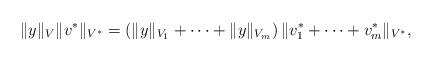
LaTeX: \begin{align*}\|y\|_V\|v^\ast\|_{V^\ast} = \left(\|y\|_{V_1} + \cdots + \|y\|_{V_m} \right)\|v_1^\ast + \cdots + v_m^\ast\|_{V^\ast},\end{align*}